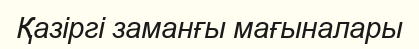
Қазіргі заманғы мағыналары